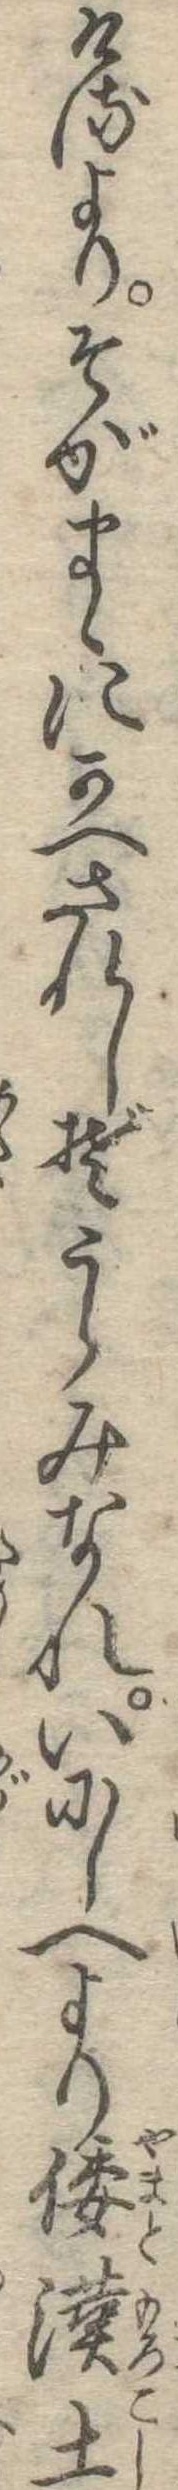
けるよりそがまゝにかへされしぞうらみなれいにしへより倭漢土